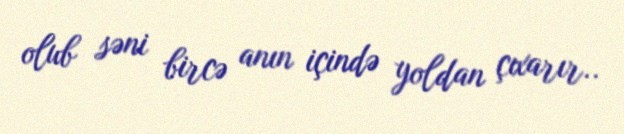
olub səni bircə anın içində yoldan çıxarır..